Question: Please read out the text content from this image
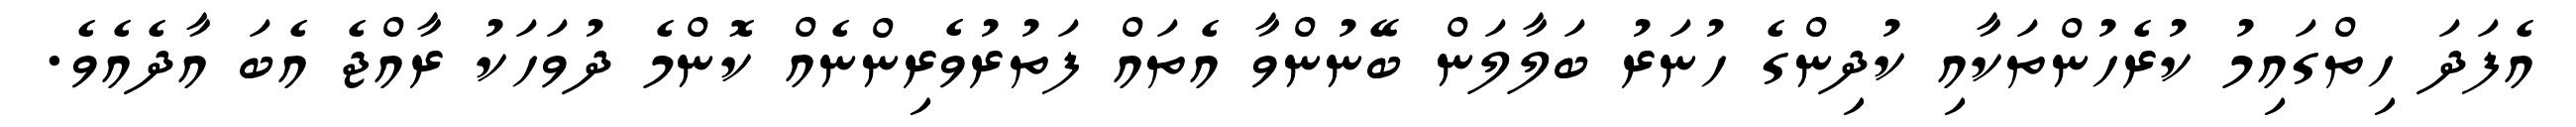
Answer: އެފަދަ ހިތްގައިމު ކުރެހުންތަކާއި ކުދިންގެ ހުނަރު ބަލާލަން ބޭނުންވާ އެތައް ފަތުރުވެރިންނެއް ކޮންމެ ދުވަހަކު ރާއްޖެ އެބަ އާދެއެވެ.